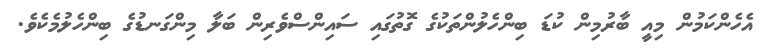
އެހެންކަމުން މިއީ ބާރުމިން ކުޑަ ބިންހެލުންތަކުގެ ގޮތުގައި ސައިންސްވެރިން ބަލާ މިންގަނޑުގެ ބިންހެލުމެކެވެ.